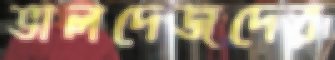
ভালদেজদের